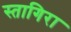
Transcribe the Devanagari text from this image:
स्तागिरा